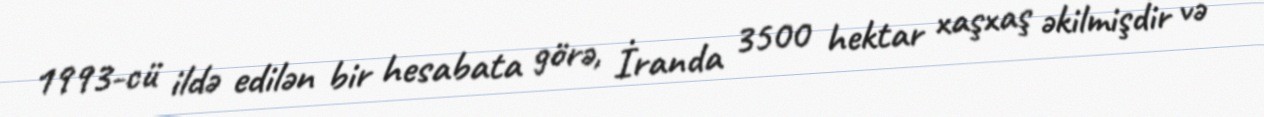
1993-cü ildə edilən bir hesabata görə, İranda 3500 hektar xaşxaş əkilmişdir və